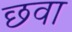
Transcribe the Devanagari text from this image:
छवा